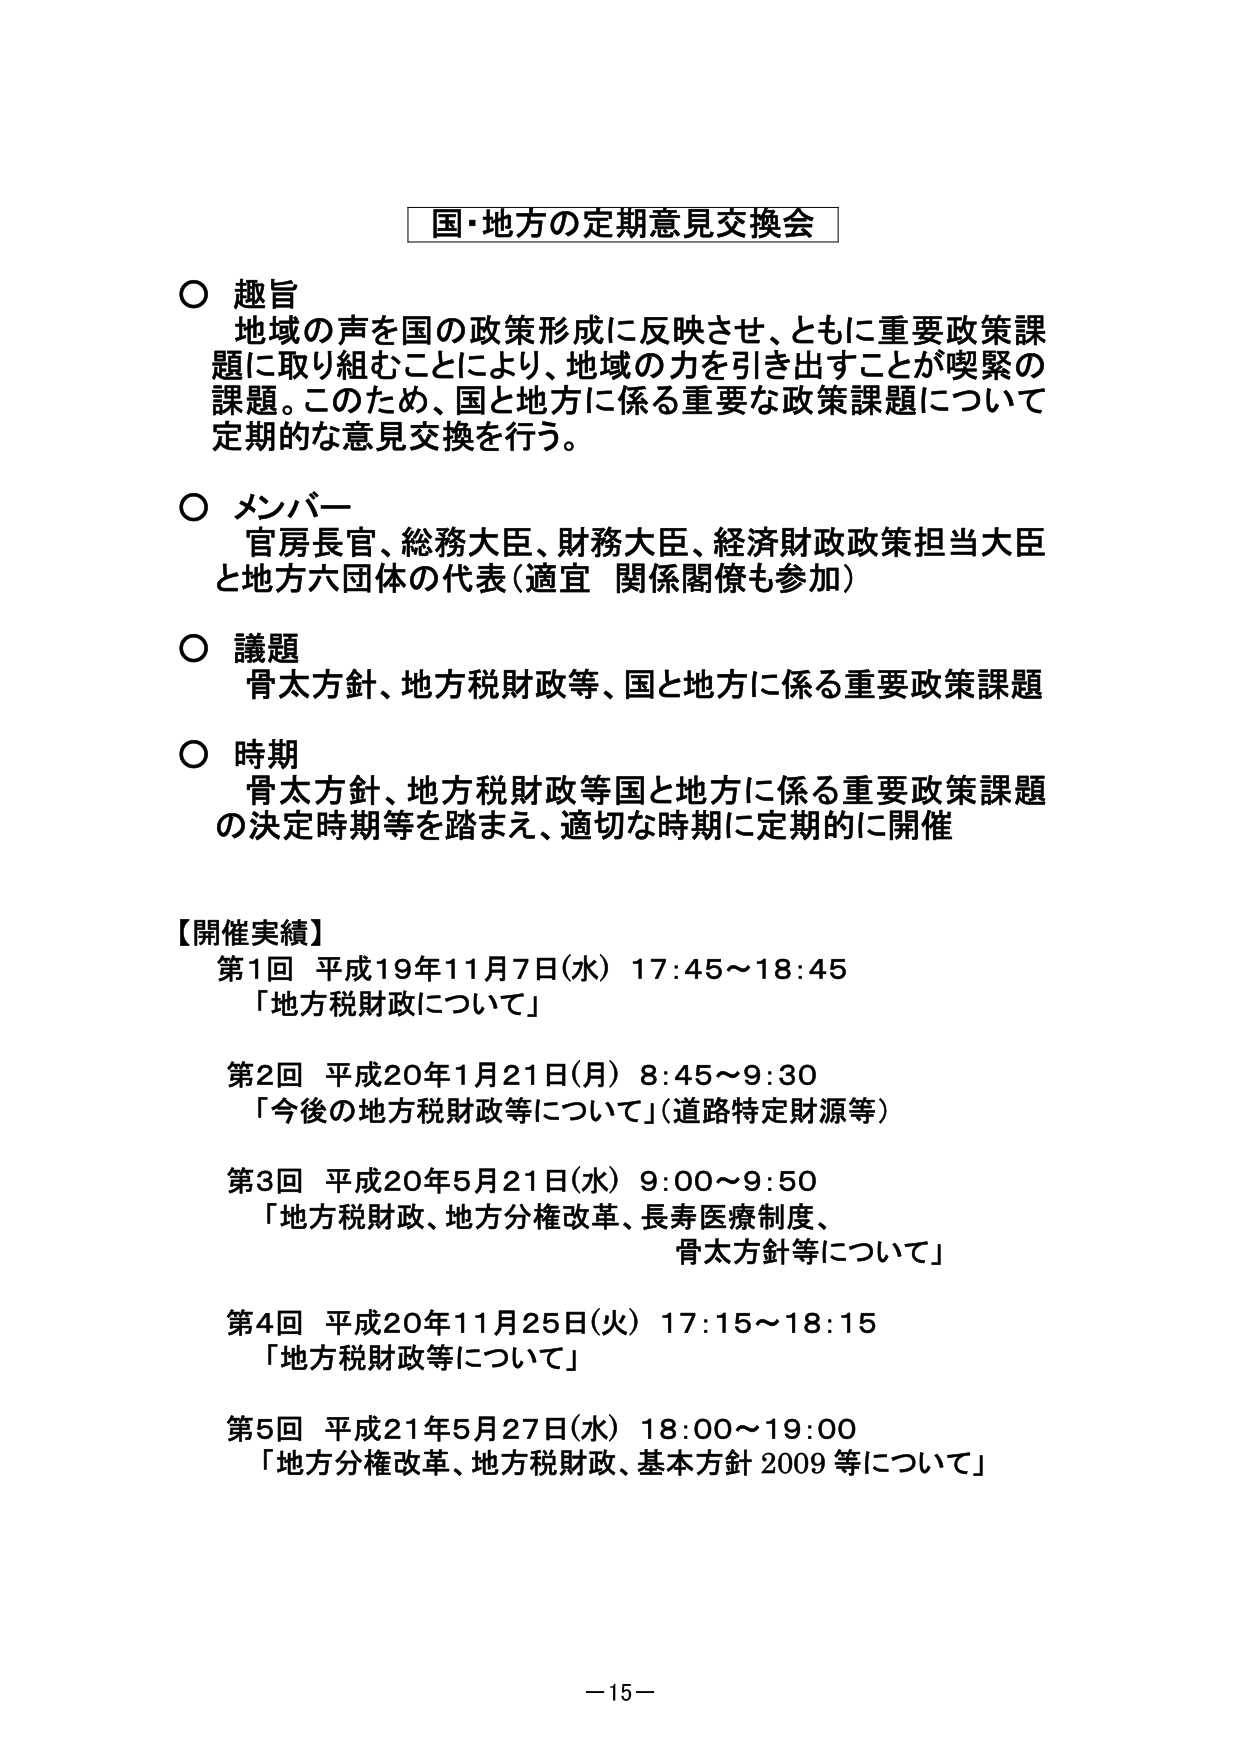
国・地方の定期意見交換会

○ 趣旨
地域の声を国の政策形成に反映させ、ともに重要政策課題に取り組むことにより、地域の力を引き出すことが喫緊の課題。このため、国と地方に係る重要な政策課題について定期的な意見交換を行う。

○ メンバー
官房長官、総務大臣、財務大臣、経済財政政策担当大臣と地方六団体の代表（適宜 関係閣僚も参加）

○ 議題
骨太方針、地方税財政等、国と地方に係る重要政策課題

○ 時期
骨太方針、地方税財政等国と地方に係る重要政策課題の決定時期等を踏まえ、適切な時期に定期的に開催

【開催実績】
第1回 平成19年11月7日（水） 17:45～18:45
「地方税財政について」

第2回 平成20年1月21日（月） 8:45～9:30
「今後の地方税財政等について」（道路特定財源等）

第3回 平成20年5月21日（水） 9:00～9:50
「地方税財政、地方分権改革、長寿医療制度、
骨太方針等について」

第4回 平成20年11月25日（火） 17:15～18:15
「地方税財政等について」

第5回 平成21年5月27日（水） 18:00～19:00
「地方分権改革、地方税財政、基本方針2009等について」

－15－